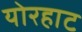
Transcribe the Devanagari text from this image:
योरहाट